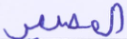
المصير